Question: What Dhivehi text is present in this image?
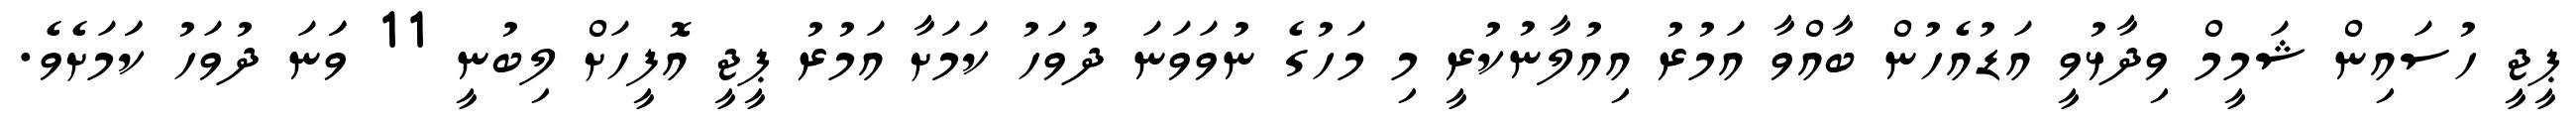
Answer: ޕީޖީ ހުސައިން ޝަމީމް ވިދާޅުވީ އަޑުއެހުން ބާއްވާ އަމުރު އިއުލާނުކުރީ މި މަހުގެ ނުވަވަނަ ދުވަހު ކަމަށާ އަމުރު ޕީޖީ އޮފީހަށް ލިބުނީ 11 ވަަނަ ދުވަހު ކަަމަށެވެ.